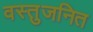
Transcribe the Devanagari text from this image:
वस्तुजनित